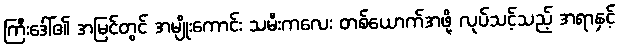
ကြီးဒေါ်၏ အမြင်တွင် အမျိုးကောင်း သမီးကလေး တစ်ယောက်အဖို့ လုပ်သင့်သည့် အရာနှင့်